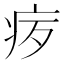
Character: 𪽨